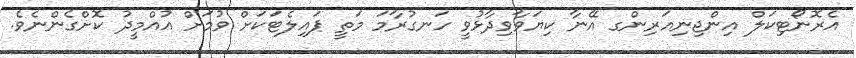
އެރޮނޯޓިކަލް އިންޖިނިއަރިންގ އޭނާ ކިޔަވާވިދާޅުވީ ހަނގުރާމަ މަތީ ޕައިލެޓަކަށް ވުމަށް އުއްމީދު ކޮށްގެންނެވެ.